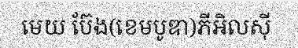
មេយ ប៊ែង(ខេមបូឌា)ភីអិលស៊ី